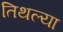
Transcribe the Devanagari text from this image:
तिथल्या